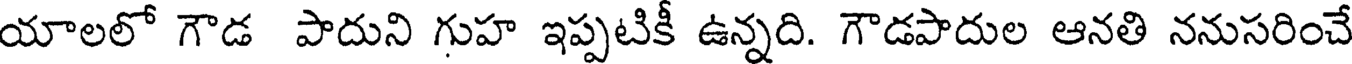
యాలలో గౌడ పాదుని గుహ ఇప్పటికీ ఉన్నది. గౌడపాదుల ఆనతి ననుసరించే